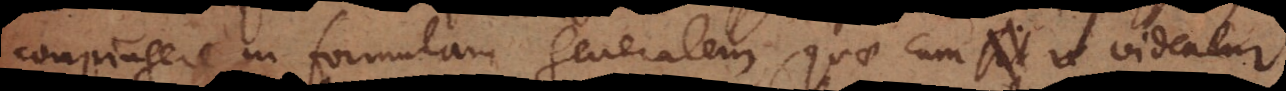
conjungere in formulam generalem, quae cum sit videatur